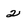
Character: 2